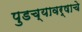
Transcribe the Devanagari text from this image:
पुडच्यावर्षाचे